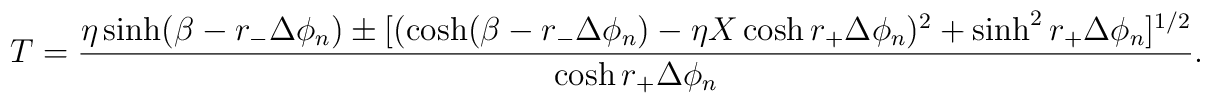
T =  {  \eta \sinh(\beta - r_- \Delta \phi_n) \pm [( \cosh (\beta - r_-\Delta \phi_n) - \eta X \cosh r_+ \Delta \phi_n)^2 + \sinh^2r_+ \Delta \phi_n]^{1/2}\over    \cosh r_+ \Delta \phi_n}.